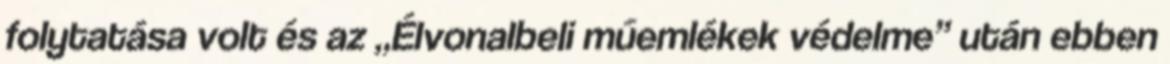
folytatása volt és az „Élvonalbeli műemlékek védelme” után ebben